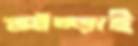
আঁচ্‌ড়াই